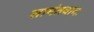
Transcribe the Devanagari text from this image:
सामंतवादः